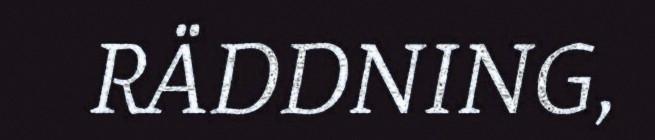
RÄDDNING,